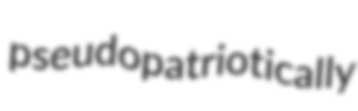
pseudopatriotically